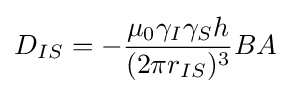
D_{IS}=-{\frac {\mu _{0}\gamma _{I}\gamma _{S}h}{(2\pi r_{IS})^{3}}}BA\!